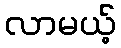
လာမယ့်